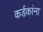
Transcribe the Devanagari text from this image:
कर्डकांना